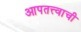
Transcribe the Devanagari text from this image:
आपतत्त्वाची